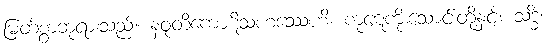
မြတ်စွာဘုရားသည်။ နဝုတိကောဋိသဟဿေဟိ၊ ကုဋေကိုးသောင်းတို့နှင့်။ သဒ္ဓိံ၊